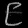
Digit: ၉